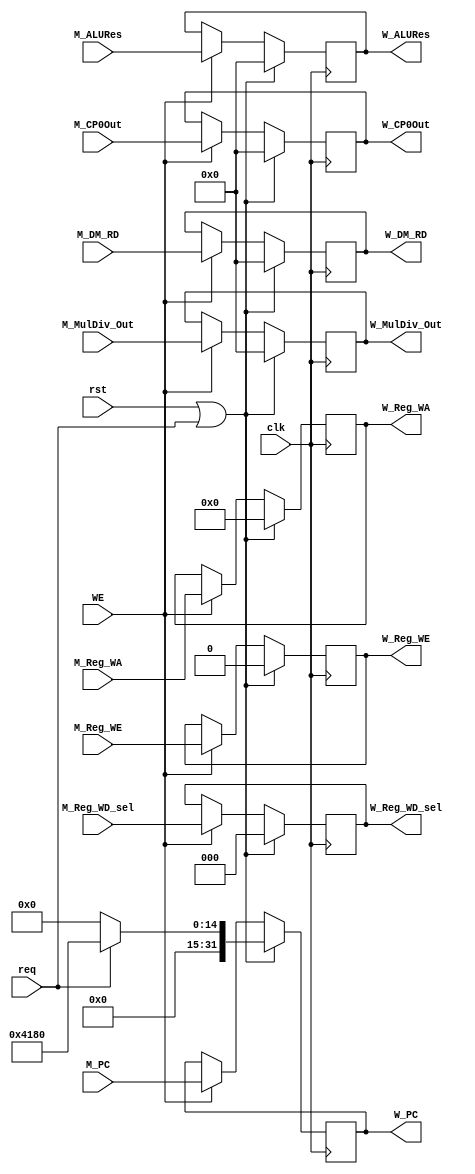
module W_Reg (
    input wire req,    

    input wire clk,
    input wire rst,
    input wire WE,

    input wire [31:0] M_PC,

    input wire [31:0] M_ALURes,
    input wire [31:0] M_MulDiv_Out,
    input wire [31:0] M_DM_RD,
    input wire M_Reg_WE,
    input wire [4:0] M_Reg_WA,
    input wire [2:0] M_Reg_WD_sel,
    input wire [31:0] M_CP0Out,
    
    output reg [31:0] W_PC,

    output reg [31:0] W_ALURes,
    output reg [31:0] W_MulDiv_Out,
    output reg [31:0] W_DM_RD,
    output reg W_Reg_WE,
    output reg [4:0] W_Reg_WA,
    output reg [2:0] W_Reg_WD_sel,
    output reg [31:0] W_CP0Out
);
    always @(posedge clk ) begin
        if (rst || req) begin 
            W_PC <= req ? 32'h00004180 : 0;
            W_CP0Out <= 0;
            W_ALURes <= 0;
            W_MulDiv_Out <= 0;
            W_DM_RD <= 0;
            W_Reg_WE <= 0;
            W_Reg_WA <= 0;
            W_Reg_WD_sel <= 0;
            W_CP0Out <= 0;
        end
        else if (WE) begin
            W_CP0Out <= M_CP0Out;
            W_PC <= M_PC;
            W_ALURes <= M_ALURes;
            W_MulDiv_Out <= M_MulDiv_Out;
            W_DM_RD <= M_DM_RD;
            W_Reg_WE <= M_Reg_WE;
            W_Reg_WA <= M_Reg_WA;
            W_Reg_WD_sel <= M_Reg_WD_sel;
            W_CP0Out <= M_CP0Out;
        end
    end
endmodule